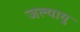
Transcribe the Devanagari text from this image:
जल्यायु